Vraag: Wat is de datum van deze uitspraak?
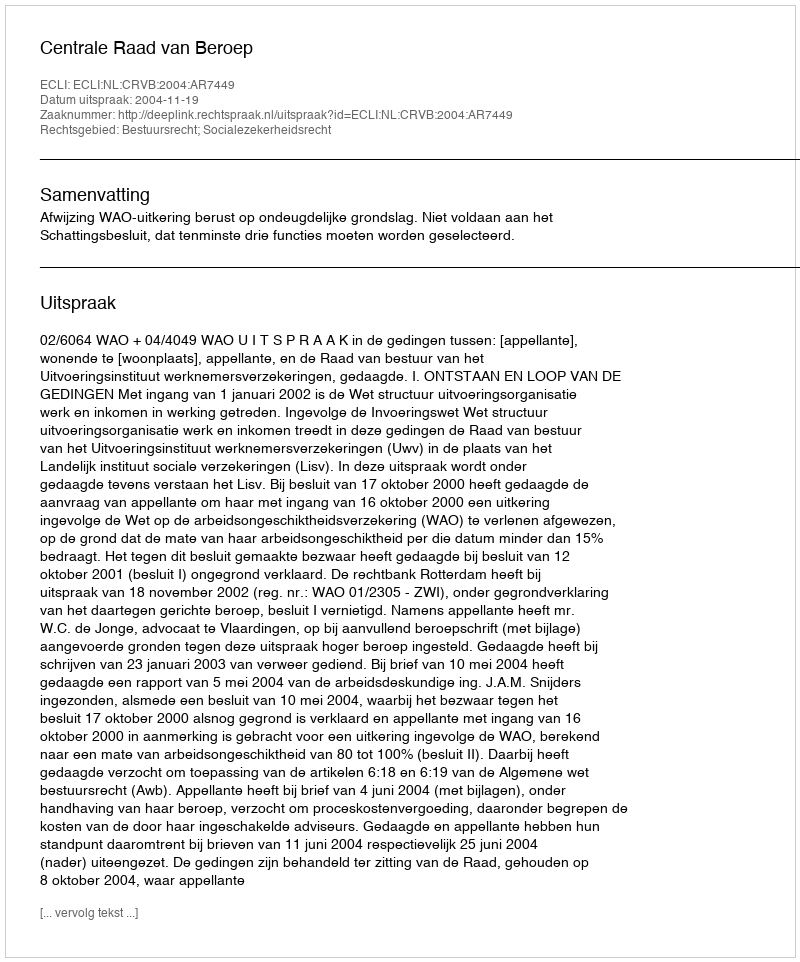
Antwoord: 2004-11-19